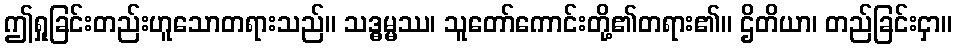
ဤရှုခြင်းတည်းဟူသောတရားသည်။ သဒ္ဓမ္မဿ၊ သူတော်ကောင်းတို့၏တရား၏။ ဌိတိယာ၊ တည်ခြင်းငှာ။